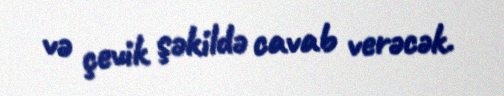
və çevik şəkildə cavab verəcək.